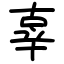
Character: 辜